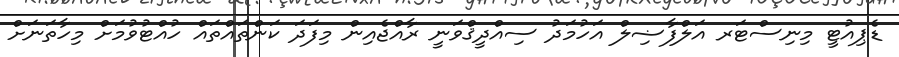
ޑެޕިއުޓީ މިނިސްޓަރ އަލްފާޟިލް އަހުމަދު ސިއްދީޤްވަނީ ރާއްޖެއިން މިފަދަ ކަންތައްތައް ހުއްޓުވުމަށް މިހާތަނަށް